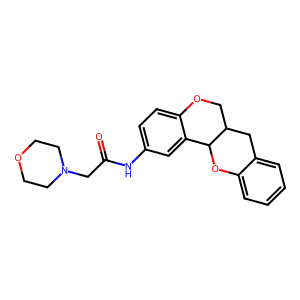
SMILES: O=C(CN1CCOCC1)Nc1ccc2c(c1)C1Oc3ccccc3CC1CO2
Inhibits HIV replication: No